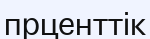
прценттік